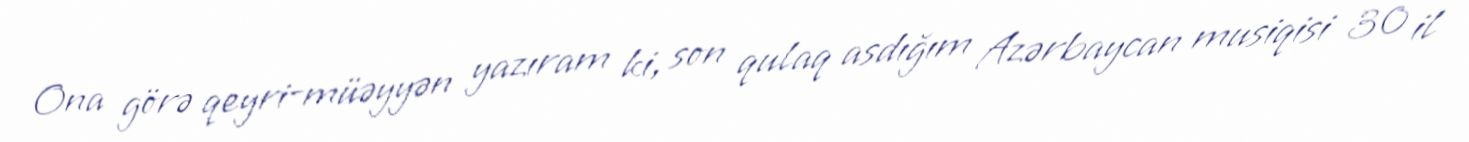
Ona görə qeyri-müəyyən yazıram ki, son qulaq asdığım Azərbaycan musiqisi 30 il